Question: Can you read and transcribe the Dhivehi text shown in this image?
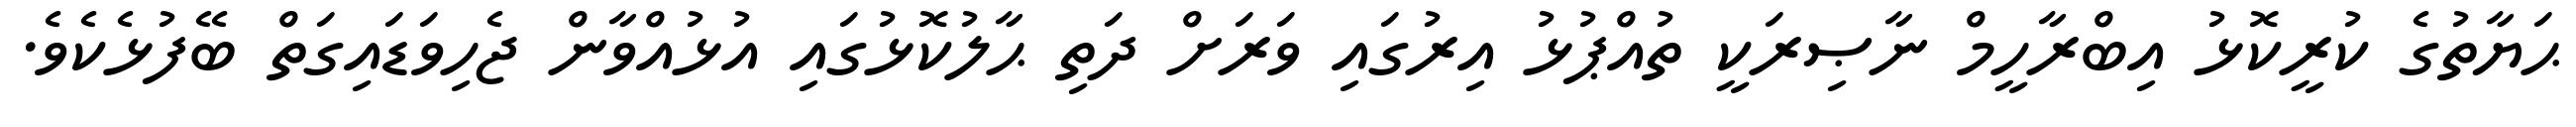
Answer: ޙަޔާތުގެ ކުރީކޮޅު އިބްރާހީމް ނާޞިރަކީ ތުއްޕުޅު އިރުގައި ވަރަށް ދަތި ޙާލުކޮޅުގައި އުޅުއްވާން ޖެހިވަޑައިގަތް ބޭފުޅެކެވެ.